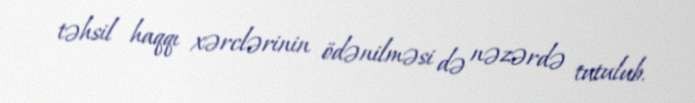
təhsil haqqı xərclərinin ödənilməsi də nəzərdə tutulub.